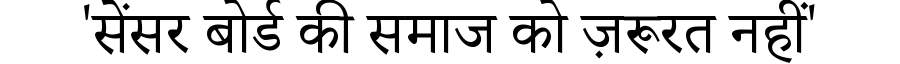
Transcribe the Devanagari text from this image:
'सेंसर बोर्ड की समाज को ज़रूरत नहीं'